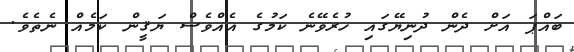
ބައްޕަ އަށް ދެން ދުނިޔޭގައި ހުރެވޭނެ ކަމުގެ އެއްވެސް ޔަޤީން ކަމެއް ނެތެވެ.